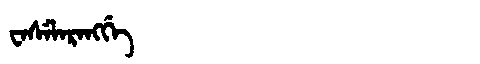
Manchu: ᠸᠠᠰᡝᠯᠠᡵᠠᠩᡤᡝ
Romanization: WASELARANGGE